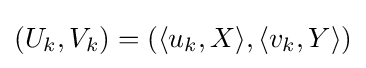
(U_{k},V_{k})=(\langle u_{k},X\rangle ,\langle v_{k},Y\rangle )